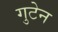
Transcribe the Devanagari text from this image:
गुटेन